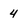
Character: 4